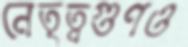
নেতৃত্বগুণও